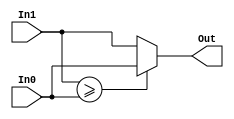
//---------------------------
// 2 input comparator for MIN
// Version 1.1
//---------------------------

module comp2_MIN_HILF(In1,In0,Out);

//-------------------------
// In0: input binary code;
// In1: input binary code;
// Out: is the min value;
//-------------------------

input [3:0] In0,In1; // Input data
output [3:0] Out; // Ouput data

assign Out= (In1>=In0) ? In0:In1;

endmodule